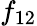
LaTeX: f_{12}